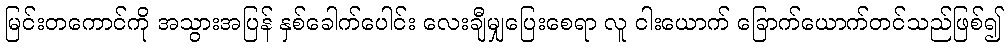
မြင်းတကောင်ကို အသွားအပြန် နှစ်ခေါက်ပေါင်း လေးချီမျှပြေးစေရာ လူ ငါးယောက် ခြောက်ယောက်တင်သည်ဖြစ်၍